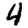
Digit: 4